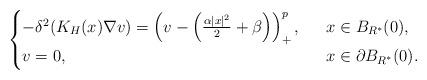
LaTeX: \begin{align*}\begin{cases}-\delta^2(K_H(x)\nabla v)= \left( v-\left( \frac{\alpha|x|^2}{2}+\beta\right) \right)^{p}_+,\ \ &x\in B_{R^*}(0),\\v=0,\ \ &x\in\partial B_{R^*}(0).\end{cases}\end{align*}